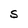
Character: S